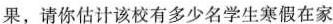
果，请你估计该校有多少名学生寒假在家